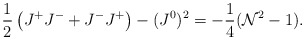
\begin{align*}\frac12\left(J^+J^-+J^-J^+\right)-(J^0)^2=-\frac14({\cal N}^2-1).\end{align*}